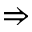
\Rightarrow